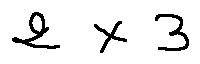
2 \times 3